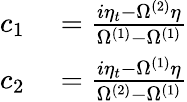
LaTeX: \begin{array}{rl}{c_{1}}&{{}=\frac{i\eta_{t}-\Omega^{(2)}\eta}{\Omega^{(1)}-\Omega^{(1)}}}\\ {c_{2}}&{{}=\frac{i\eta_{t}-\Omega^{(1)}\eta}{\Omega^{(2)}-\Omega^{(1)}}}\end{array}